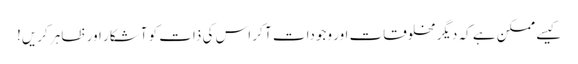
کیسے ممکن ہے کہ دیگر مخلوقات اور وجودات آ کر اس کی ذات کو آشکار اور ظاہر کریں!